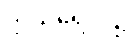
ဣသရေလ၌